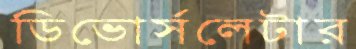
ডিভোর্সলেটার